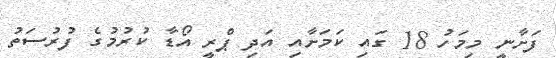
ފަށާނީ މިމަހު 18 ގައި ކަމަށާއި އަދި ޕްރީ އޯޑާ ކުރުމުގެ ފުރުސަތު